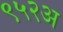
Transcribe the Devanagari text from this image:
९५२अ